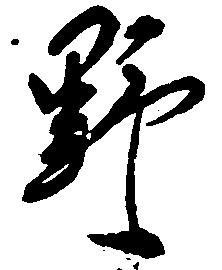
野